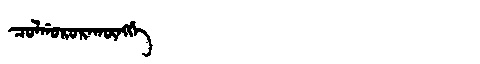
Manchu: ᠴᠣᠯᡤᠣᡵᠣᡵᠠᡴᡡᠩᡤᡝ
Romanization: COLGORORAKŪNGGE